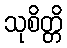
သုစိတ္တိ